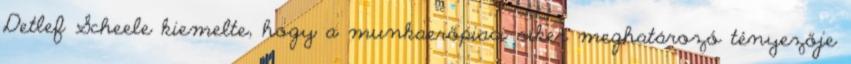
Detlef Scheele kiemelte, hogy a munkaerőpiaci siker meghatározó tényezője